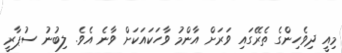
މިއީ ދިވެހިންގެ ތެރޭގައި ވަރަށް އާންމު ވާހަކައަކަށް ވާނެ އެވެ. ލިބުނު ސުޕާރީ